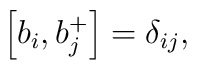
\left[b_i,b_j^+ \right] =\delta_{ij},